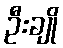
ဦးချို